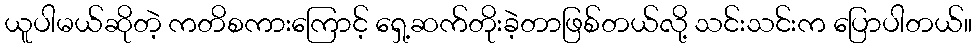
ယူပါမယ်ဆိုတဲ့ ကတိစကားကြောင့် ရှေ့ဆက်တိုးခဲ့တာဖြစ်တယ်လို့ သင်းသင်းက ပြောပါတယ်။